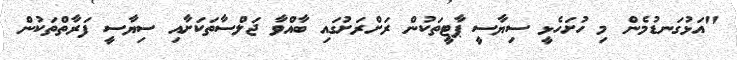
"އަޅުގަނޑުމެން މި ހުށަހެޅީ ސިޔާސީ ޕާޓީތަކުން ރަށްރަށުގައި ބާއްވާ ޖަލްސާތަކަށާއި ސިޔާސީ ފަރާތްތަކުން